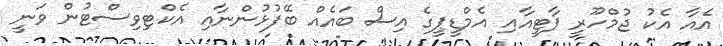
އެއާ އެކު ޖުމްހޫރީ ޕާޓީއާއި އެމްޑީޕީގެ އިސް ބައެއް ބޭފުޅުންނާއި އެކްޓިވިސްޓުން ވަނީ